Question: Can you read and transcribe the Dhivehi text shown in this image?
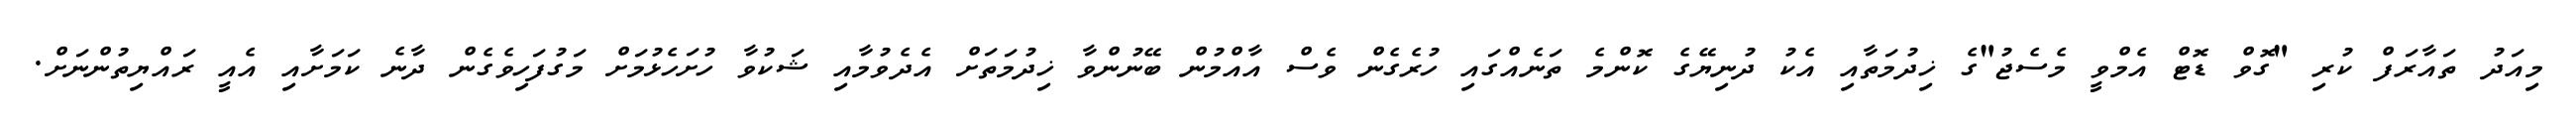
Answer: މިއަދު ތައާރަފް ކުރި "ގޮވް ޑޮޓް އެމްވީ މެސެޖު"ގެ ޚިދުމަތާއި އެކު ދުނިޔޭގެ ކޮންމެ ތަނެއްގައި ހުރެގެން ވެސް އާއްމުން ބޭނުންވާ ޚިދުމަތަށް އެދެވުމާއި ޝަކުވާ ހުށަހެޅުމަށް މަގުފަހިވެގެން ދާނެ ކަމަށާއި އެއީ ރައްޔިތުންނަށް.